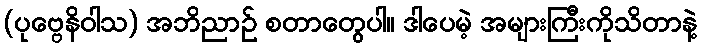
(ပုဗ္ဗေနိဝါသ) အဘိညာဉ် စတာတွေပါ။ ဒါပေမဲ့ အများကြီးကိုသိတာနဲ့